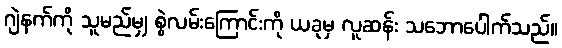
ဂျဲနက်ကို သူမည်မျှ စွဲလမ်းကြောင်းကို ယခုမှ လူဆန်း သဘောပေါက်သည်။